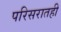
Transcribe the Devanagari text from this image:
परिसरातही